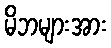
မိဘများအား